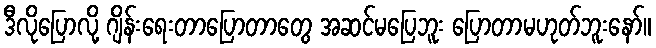
ဒီလိုပြောလို့ ဂျိန်းရေးတာပြောတာတွေ အဆင်မပြေဘူး ပြောတာမဟုတ်ဘူးနော်။